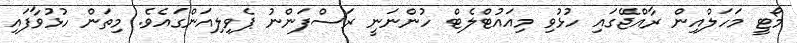
މޯޓީ މަހަލްއިން ރާއްޖޭގައި ހުޅުވި މިއައުޓްލެޓް ހުންނަނީ ރަސްފަންނު ޕެވިލިއަންގައެވެ. މިތަން ހުޅުވާފައި